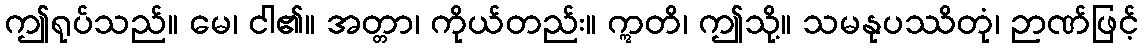
ဤရုပ်သည်။ မေ၊ ငါ၏။ အတ္တာ၊ ကိုယ်တည်း။ ဣတိ၊ ဤသို့။ သမနုပဿိတုံ၊ ဉာဏ်ဖြင့်